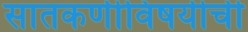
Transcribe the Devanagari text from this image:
सातकर्णीविषयीची